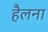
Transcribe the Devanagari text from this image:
हैलना